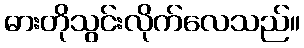
ဓားတိုသွင်းလိုက်လေသည်။